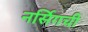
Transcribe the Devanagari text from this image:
नर्सिगची